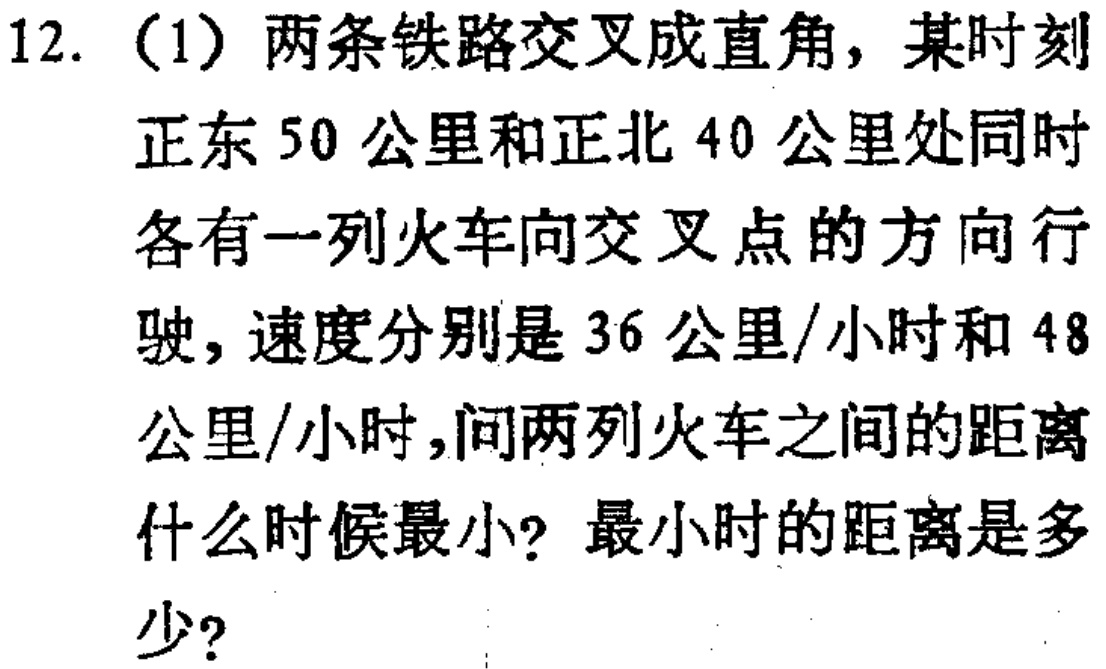
12.（1）两条铁路交叉成直角，某时刻正东50公里和正北40公里处同时各有一列火车向交叉点的方向行驶，速度分别是36公里/小时和48公里/小时，问两列火车之间的距离什么时候最小？最小时的距离是多少？